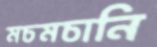
মচমচানি